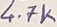
Text: 4.7K